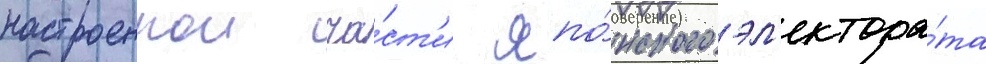
настроеннои ча́ст'и япо́нского эл'ектора́та